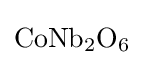
{\textstyle {\mathrm {CoNb} {\vphantom {A}}_{\smash[{t}]{2}}\mathrm {O} {\vphantom {A}}_{\smash[{t}]{6}}}}